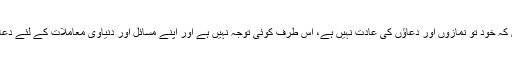
دین کو مذاق نہ سمجھیں کہ خود تو نمازوں اور دعاؤں کی عادت نہیں ہے، اُس طرف کوئی توجہ نہیں ہے اور اپنے مسائل اور دنیاوی معاملات کے لئے دعا کے لئے کہہ رہے ہیں۔